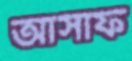
আসাফ